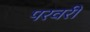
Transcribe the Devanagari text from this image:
परवरी